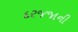
દરજજાની